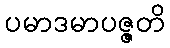
ပမာဒမာပဇ္ဇတိ